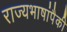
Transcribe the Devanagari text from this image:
राज्यभाषांपैकी